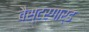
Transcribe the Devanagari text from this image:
वैस्टरगार्ड